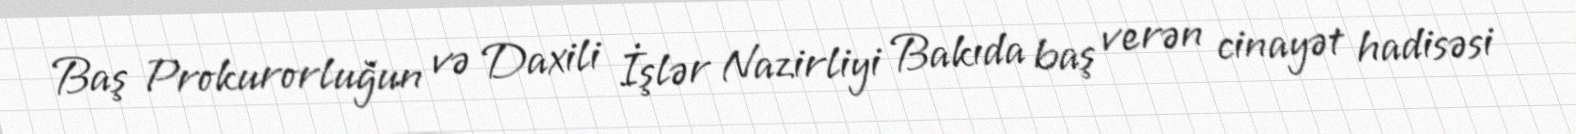
Baş Prokurorluğun və Daxili İşlər Nazirliyi Bakıda baş verən cinayət hadisəsi